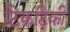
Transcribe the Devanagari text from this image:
टिकटिकी